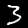
Digit: 3